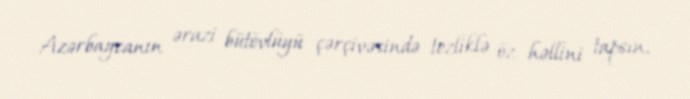
Azərbaycanın ərazi bütövlüyü çərçivəsində tezliklə öz həllini tapsın.